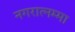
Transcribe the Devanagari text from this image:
नगरात्नम्मा